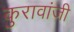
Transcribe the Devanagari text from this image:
कुरावांजी